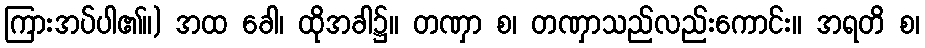
ကြားအပ်ပါ၏။) အထ ခေါ၊ ထိုအခါ၌။ တဏှာ စ၊ တဏှာသည်လည်းကောင်း။ အရတိ စ၊